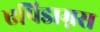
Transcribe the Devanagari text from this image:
एपिडाम्नस